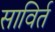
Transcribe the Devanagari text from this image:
साविर्त